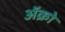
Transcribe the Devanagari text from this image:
अॅक्रो